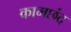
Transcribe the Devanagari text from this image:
कामछंद